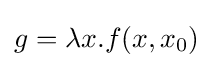
g=\lambda x.f(x,x_{0})